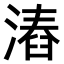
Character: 𣻛